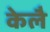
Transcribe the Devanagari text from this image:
केलै